Account of plague administration in the Bombay Presidency from September 1896 till May 1897
Year: 1896
Disease focus: Plague
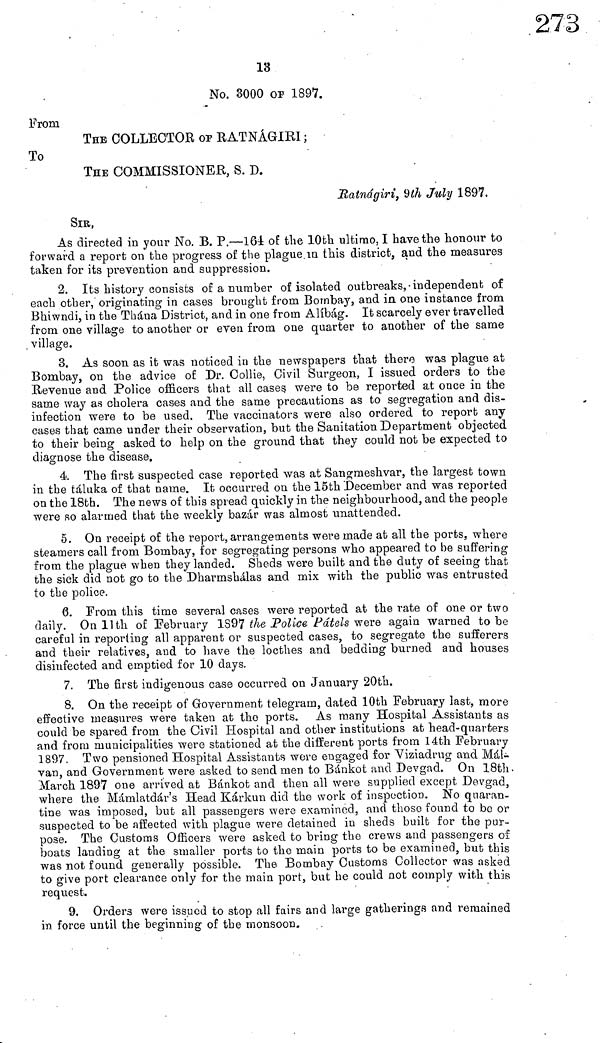
13
No. 3000 OF 1897.
From
THE COLLECTOR OP RATNÁGIRI;
To
THE COMMISSIONER, S. D.
Ratnágiri, 9th July 1897.
SIR,
As directed in your No. B. P.—164 of the 10th ultimo, I have the honour to
forward a report on the progress of the plague in this district, and the measures
taken for its prevention and suppression.
2. Its history consists of a number of isolated outbreaks, independent of
each other, originating in cases brought from Bombay, and in one instance from
Bhiwndi, in the Thána District, and in one from Alíbág. It scarcely ever travelled
from one village to another or even from one quarter to another of the same
village.
3. As soon as it was noticed in the newspapers that there was plague at
Bombay, on the advice of Dr. Collie, Civil Surgeon, I issued orders to the
Revenue and Police officers that all cases were to be reported at once in the
same way as cholera cases and the same precautions as to segregation and dis-
infection were to be used. The vaccinators were also ordered to report any
cases that came under their observation, but the Sanitation Department objected
to their being asked to help on the ground that they could not be expected to
diagnose the disease.
4 The first suspected case reported was at Sangmeshvar, the largest town
in the táluka of that name. It occurred on the 15th December and was reported
on the 18th. The news of this spread quickly in the neighbourhood, and the people
were so alarmed that the weekly bazar was almost unattended.
5. On receipt of the report, arrangements were made at all the ports, where
steamers call from Bombay, for segregating persons who appeared to be suffering
from the plague when they landed. Sheds were built and the duty of seeing that
the sick did not go to the Dharmshálas and mix with the public was entrusted
to the police.
6. From this time several cases were reported at the rate of one or two
daily. On 11th of February 1897 the Police Pátels were again warned to be
careful in reporting all apparent or suspected cases, to segregate the sufferers
and their relatives, and to have the locthes and bedding burned and houses
disinfected and emptied for 10 days,
7. The first indigenous case occurred on January 20th.
8. On the receipt of Government telegram, dated 10th February last, more
effective measures were taken at the ports. As many Hospital Assistants as
could be spared from the Civil Hospital and other institutions at head-quarters
and from municipalities were stationed at the different ports from 14th February
1897. Two pensioned Hospital Assistants were engaged for Viziadrug and Mai-
van, and Government were asked to send men to Bánkot and Devgad. On 18th
March 1897 one arrived at Bánkot and then all were supplied except Devgad,
where the Mámlatdár's Head Kárkun did the work of inspection. No quaran-
tine was imposed, but all passengers were examined, and those found to be or
suspected to be affected with plague were detained in sheds built for the pur-
pose. The Customs Officers were asked to bring the crews and passengers of
boats landing at the smaller ports to the main ports to be examined, but this
was not found generally possible. The Bombay Customs Collector was asked
to give port clearance only for the main port, but he could not comply with this
request.
9. Orders were issued to stop all fairs and large gatherings and remained
in force until the beginning of the monsoon.